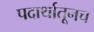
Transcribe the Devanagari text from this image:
पदार्थातूनच